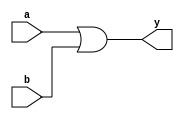
// Writing HDL code for 2-input OR gate with inputs size 1-bit
// y = a OR b
// Written by Vikram

module OR_2in(a,b, y);

input a, b;
output y; 

assign y = a | b; // a | b; 

endmodule